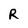
Character: R